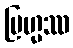
ဗြဟ္မဿ